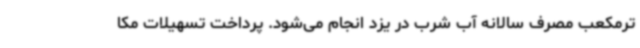
ترمکعب مصرف سالانه آب شرب در یزد انجام می‌شود. پرداخت تسهیلات مکا